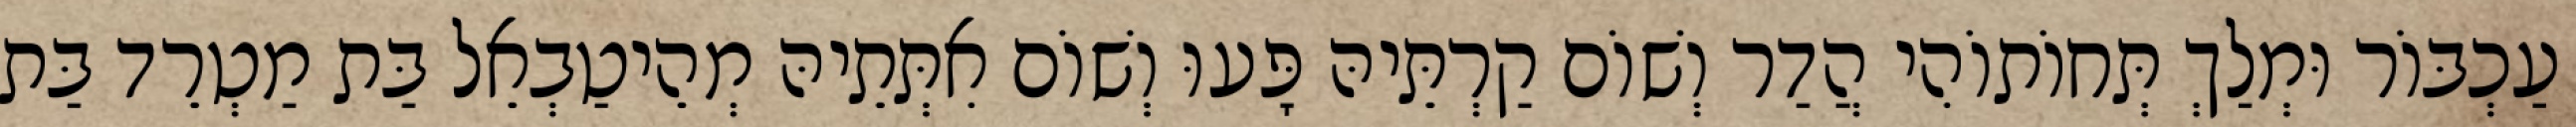
עַכְבּוֹר וּמְלַךְ תְּחוֹתוֹהִי הֲדַר וְשׁוֹם קַרְתֵּיהּ פָּעוּ וְשׁוֹם אִתְּתֵיהּ מְהֵיטַבְאֵל בַּת מַטְרֵד בַּת